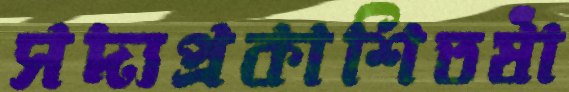
সদ্যপ্রকাশিতষাঁ